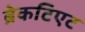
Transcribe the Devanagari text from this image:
ब्रेकटिएट